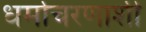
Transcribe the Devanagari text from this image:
धर्माचरणाशी